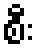
စီး